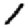
Digit: 1